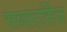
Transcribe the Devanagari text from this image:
सब्सटसिज